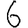
Digit: 6